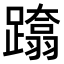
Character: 𨆚